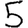
Digit: 5